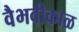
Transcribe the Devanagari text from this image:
वैभवीकाळ